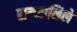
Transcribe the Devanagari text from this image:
सन्मानिले